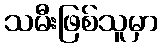
သမီးဖြစ်သူမှာ